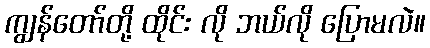
ကျွန်တော်တို့ ထိုင်း လို ဘယ်လို ပြောမလဲ။